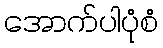
အောက်ပါပုံစံ